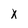
Character: x